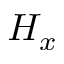
H _ { x }